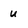
Character: u